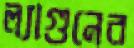
ল্যাগুনের